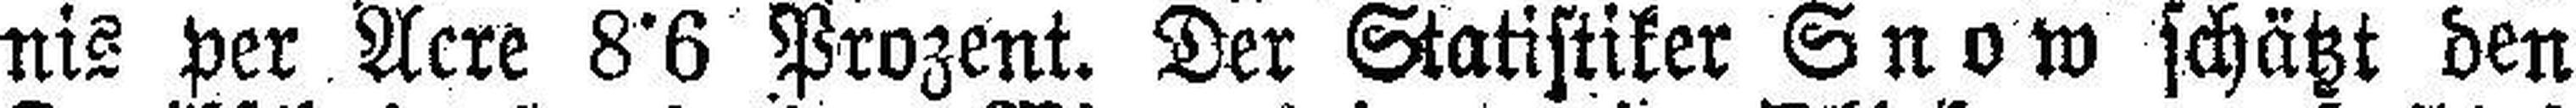
nis per Acre 8°6 Prozent. Der Statistiker Snow schätzt den